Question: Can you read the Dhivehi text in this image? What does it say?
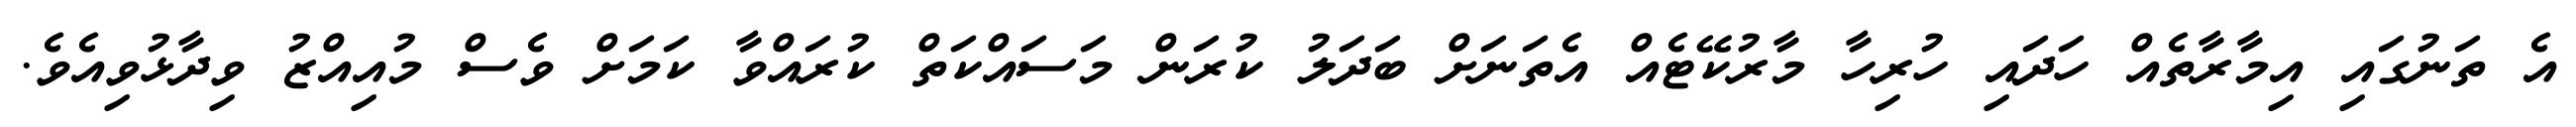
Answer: އެ ތަނުގައި އިމާރާތެއް ހަދައި ހުރިހާ މާރުކޭޓެއް އެތަނަށް ބަދަލު ކުރަން މަސައްކަތް ކުރައްވާ ކަމަށް ވެސް މުއިއްޒު ވިދާޅުވިއެވެ.